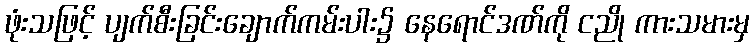
ဖုံးသဖြင့် ပျက်စီးခြင်းချောက်ကမ်းပါး၌ နေရောင်ဒဏ်ကို ငညို ကားသမားမှ